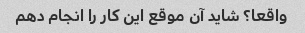
واقعا؟ شاید آن موقع این کار را انجام دهم